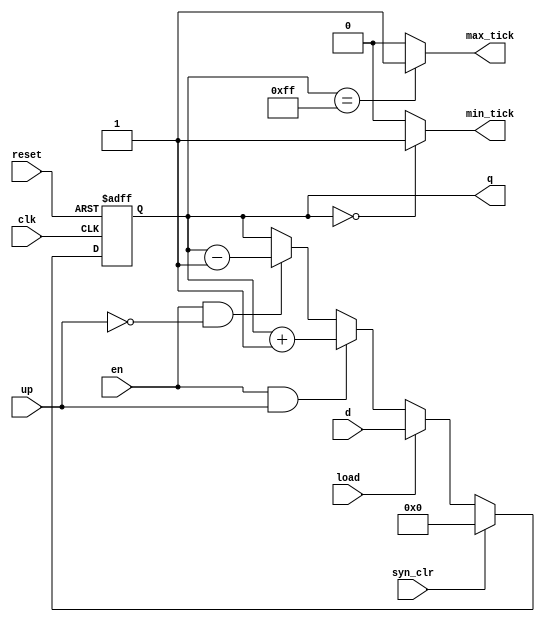
`timescale 1ns / 1ps
//////////////////////////////////////////////////////////////////////////////////
// Company: 
// Engineer: 
// 
// Design Name: 
// Module Name:    contadorBinarioUniversal 
// Project Name: 
// Target Devices: 
// Tool versions: 
// Description: 
//
// Dependencies: 
//
// Revision: 
// Revision 0.01 - File Created
// Additional Comments: 
//
//////////////////////////////////////////////////////////////////////////////////
module contadorBinarioUniversal
	#(parameter N=8) 
	(
    input wire clk,
    input wire reset,
    input wire syn_clr,
    input wire load,
    input wire en,
    input wire up,
    input wire [N-1:0] d,
    output wire max_tick,
    output wire [N-1:0] q,
    output wire min_tick
    );

		reg [N-1:0] r_reg; 
		reg [N-1:0] r_next;
		
		always @(posedge clk, posedge reset) 
			if (reset) 
				r_reg <= 0; 
			else 
				r_reg <= r_next; 
				
		always @*
			if (syn_clr)
				r_next = 0;
			else if (load)
				r_next = d;
			else if (en & up)
				r_next = r_reg + 1;
			else if (en & ~up)
				r_next = r_reg - 1;
			else 
				r_next = r_reg;
		
		assign q = r_reg;
		assign max_tick = (r_reg==2**N-1) ? 1'b1 : 1'b0;
		assign min_tick = (r_reg==0) ? 1'b1 : 1'b0;
		
endmodule